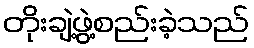
တိုးချဲ့ဖွဲ့စည်းခဲ့သည်